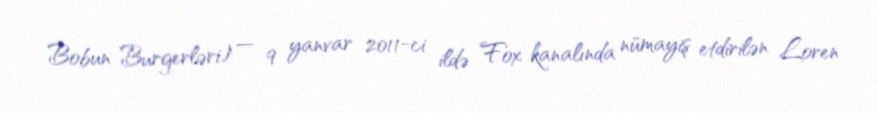
Bobun Burgerləri) — 9 yanvar 2011-ci ildə Fox kanalında nümayiş etdirilən Loren